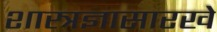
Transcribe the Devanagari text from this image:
शास्त्रज्ञासारखे